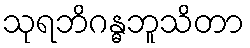
သုရဘိဂန္ဓဘူသိတာ